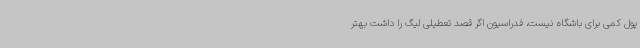
پول کمی برای باشگاه نیست، فدراسیون اگر قصد تعطیلی لیگ را داشت بهتر